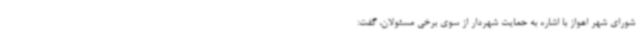
شورای شهر اهواز با اشاره به حمایت شهردار از سوی برخی مسئولان، گفت: